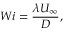
W i = \frac { \lambda U _ { \infty } } { D } ,